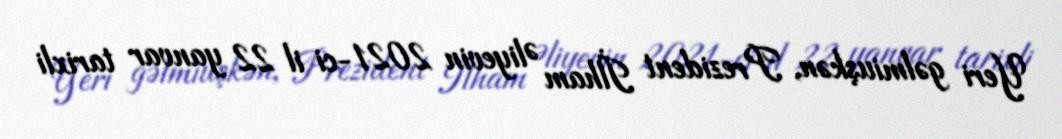
Yeri gəlmiuşkən, Prezident İlham Əliyevin 2021-ci il 22 yanvar tarixli